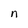
Character: n